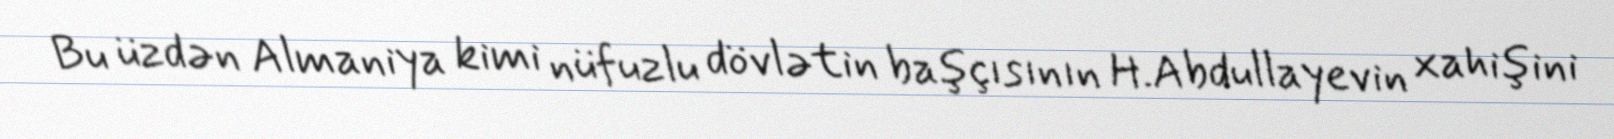
Bu üzdən Almaniya kimi nüfuzlu dövlətin başçısının H.Abdullayevin xahişini